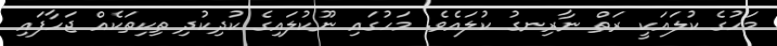
މަހުގެ ކުލައަކީ ރަތް ނާރިނގު ކުލައެވެ. މަހުގައި ނޫކުލައިގެ ކުދިކުދި ތިކިތަކެއް ޖަހާފައި